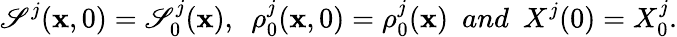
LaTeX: \mathscr{S}^{j}(\textbf{{x}},0)=\mathscr{S}_{0}^{j}(\textbf{{x}}),~~\rho_{0}^{j}(\textbf{{x}},0)=\rho_{0}^{j}(\textbf{{x}})~~and~~X^{j}(0)=X_{0}^{j}.